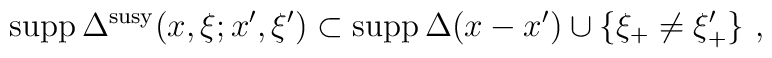
{\mbox {\rm supp}}\,\Delta^{\rm susy}(x,\xi;x^\prime,\xi^\prime) \subset {\mbox {\rm supp}}\,\Delta(x-x^\prime) \cup \{\xi_+ \not= \xi_+^\prime\} \,\,,